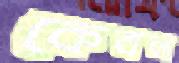
কেবল